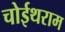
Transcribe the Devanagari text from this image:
चोईथराम